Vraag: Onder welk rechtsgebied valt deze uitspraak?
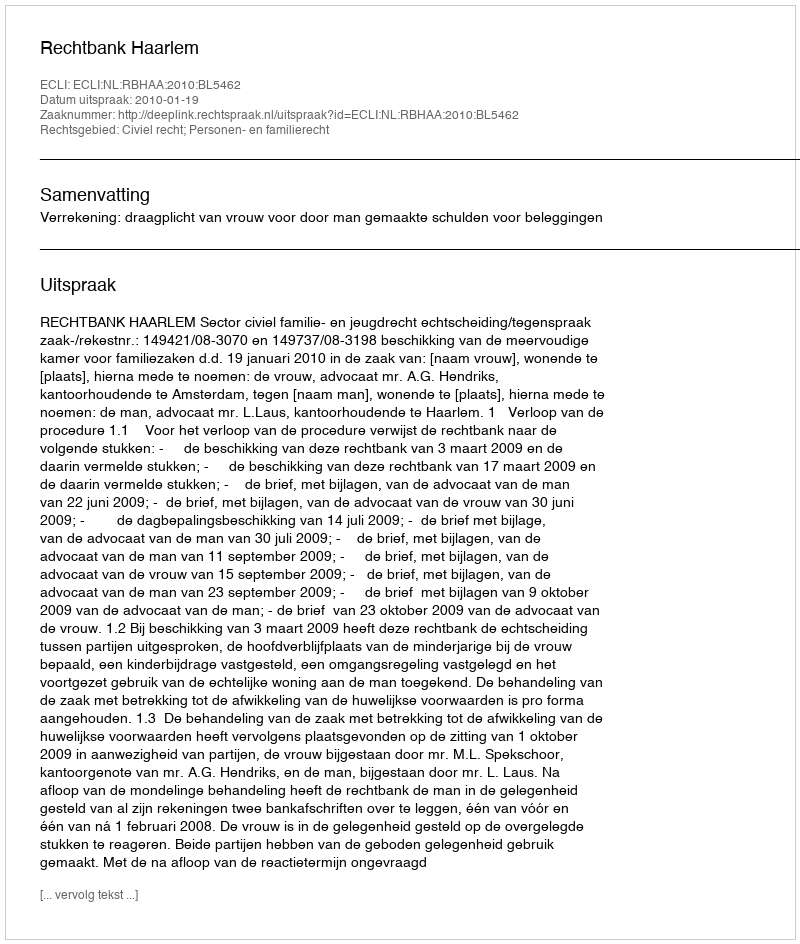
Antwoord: Civiel recht; Personen- en familierecht